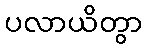
ပလာယိတွာ